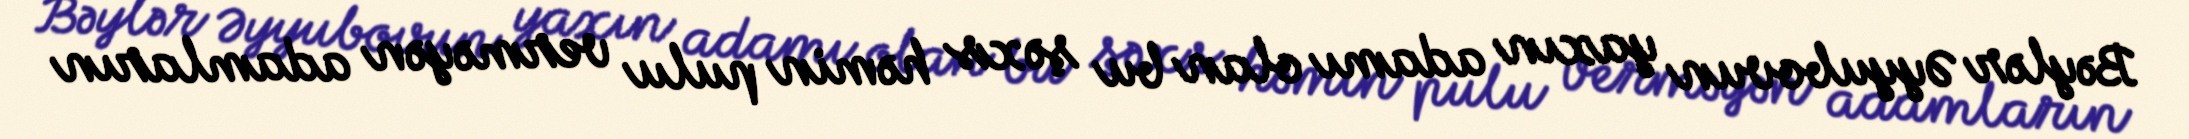
Bəylər Əyyubovun yaxın adamı olan bu şəxs həmin pulu verməyən adamların